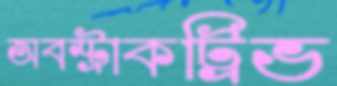
অবস্ট্রাকট্রিভ